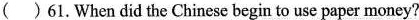
( )61.When did the Chinese begin to use paper money?